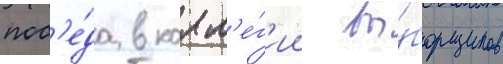
поб'е́да в колл'е́г'ии вы́борщиков